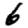
Digit: 6